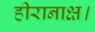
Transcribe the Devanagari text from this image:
हीरानाक्ष।